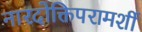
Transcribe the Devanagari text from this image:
नारदोक्तिपरामर्शी